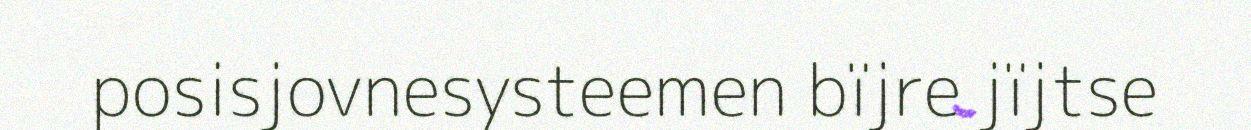
posisjovnesysteemen bïjre jïjtse